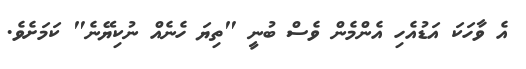
އެ ވާހަކަ އަޑުއެހި އެންމެން ވެސް ބުނީ "ތިޔަ ހެނެއް ނުކިޔޭނެ" ކަމަށެވެ.